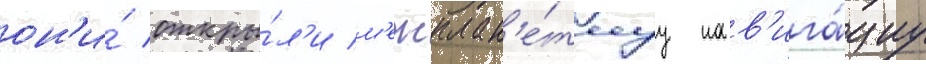
он'и́ откры́л'и м'ежплан'е́тнуу нав'ига́циу